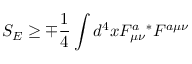
S _ { E } \geq \mp \frac { 1 } { 4 } \int d ^ { 4 } x F _ { \mu \nu } ^ { a } { } ^ { * } F ^ { a \mu \nu }